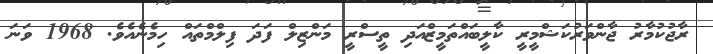
ރާޖުކުމާރު ޖާންވަރުކަޝްމީރީ ކާލީބައްތަމީޒްއަދި ތީސްރީ މަންޒިލް ފަދަ ފިލްމްތައް ހިމެނެއެވެ. 1968 ވަނަ